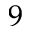
9